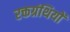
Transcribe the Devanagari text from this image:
रक्तग्रंथियों